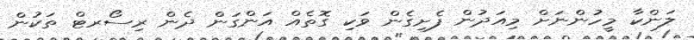
ލަންކާ މީހުންނަށް މިއަދުން ފެށިގެން ވަކި ގޮތެއް އަންގަން ދެން ރިސޯރޓް ތަކުން